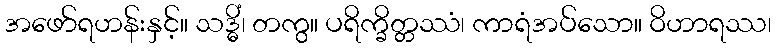
အဖော်ရဟန်းနှင့်။ သဒ္ဓိံ၊ တကွ။ ပရိက္ခိတ္တဿံ၊ ကာရံအပ်သော။ ဝိဟာရဿ၊